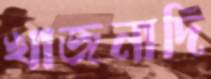
খাজনাদি